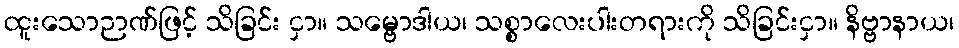
ထူးသောဉာဏ်ဖြင့် သိခြင်း ငှာ။ သမ္ဗောဒါယ၊ သစ္စာလေးပါးတရားကို သိခြင်းငှာ။ နိဗ္ဗာနာယ၊